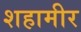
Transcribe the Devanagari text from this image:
शहामीर